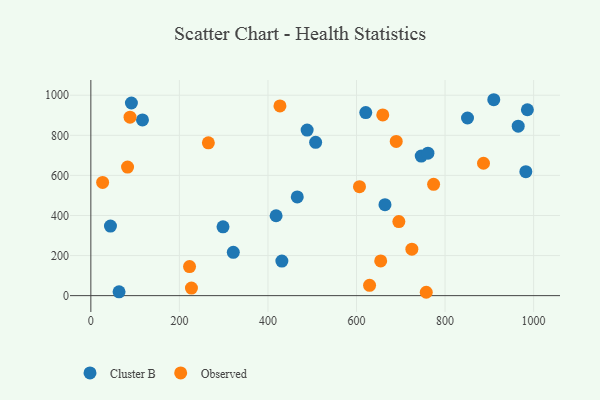
{"axis": {"x": "Engine Size", "y": "Exam Score"}, "legend": ["Cluster B", "Observed"], "data": [{"x": "91.6", "y": 961.3, "type": "Cluster B"}, {"x": "116.6", "y": 876.7, "type": "Cluster B"}, {"x": "321.7", "y": 216.3, "type": "Cluster B"}, {"x": "910.0", "y": 977.6, "type": "Cluster B"}, {"x": "620.9", "y": 913.4, "type": "Cluster B"}, {"x": "664.3", "y": 453.9, "type": "Cluster B"}, {"x": "850.7", "y": 886.4, "type": "Cluster B"}, {"x": "985.9", "y": 927.7, "type": "Cluster B"}, {"x": "982.4", "y": 618.4, "type": "Cluster B"}, {"x": "746.2", "y": 696.5, "type": "Cluster B"}, {"x": "761.3", "y": 710.7, "type": "Cluster B"}, {"x": "507.7", "y": 764.8, "type": "Cluster B"}, {"x": "466.2", "y": 492.6, "type": "Cluster B"}, {"x": "965.2", "y": 845.8, "type": "Cluster B"}, {"x": "418.4", "y": 398.6, "type": "Cluster B"}, {"x": "431.4", "y": 172.7, "type": "Cluster B"}, {"x": "298.5", "y": 343.4, "type": "Cluster B"}, {"x": "488.5", "y": 826.2, "type": "Cluster B"}, {"x": "44.3", "y": 347.2, "type": "Cluster B"}, {"x": "63.7", "y": 18.8, "type": "Cluster B"}, {"x": "695.6", "y": 369.6, "type": "Observed"}, {"x": "725.0", "y": 231.7, "type": "Observed"}, {"x": "606.7", "y": 543.6, "type": "Observed"}, {"x": "427.1", "y": 946.6, "type": "Observed"}, {"x": "886.8", "y": 660.5, "type": "Observed"}, {"x": "774.1", "y": 555.4, "type": "Observed"}, {"x": "265.4", "y": 762.5, "type": "Observed"}, {"x": "654.6", "y": 173.0, "type": "Observed"}, {"x": "659.3", "y": 901.6, "type": "Observed"}, {"x": "757.5", "y": 16.8, "type": "Observed"}, {"x": "88.5", "y": 890.3, "type": "Observed"}, {"x": "689.7", "y": 769.5, "type": "Observed"}, {"x": "227.2", "y": 37.9, "type": "Observed"}, {"x": "222.9", "y": 145.0, "type": "Observed"}, {"x": "629.5", "y": 51.3, "type": "Observed"}, {"x": "26.6", "y": 564.7, "type": "Observed"}, {"x": "82.9", "y": 641.3, "type": "Observed"}]}